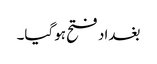
بغداد فتح ہوگیا۔